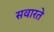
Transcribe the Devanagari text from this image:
सवारते